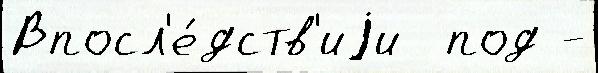
Впосл'е́дств'иjи  под -